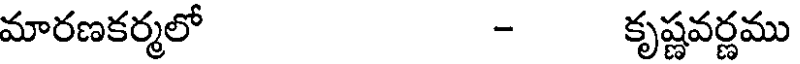
మారణకర్మలో - కృష్ణవర్ణము